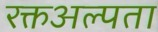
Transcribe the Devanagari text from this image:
रक्तअल्पता